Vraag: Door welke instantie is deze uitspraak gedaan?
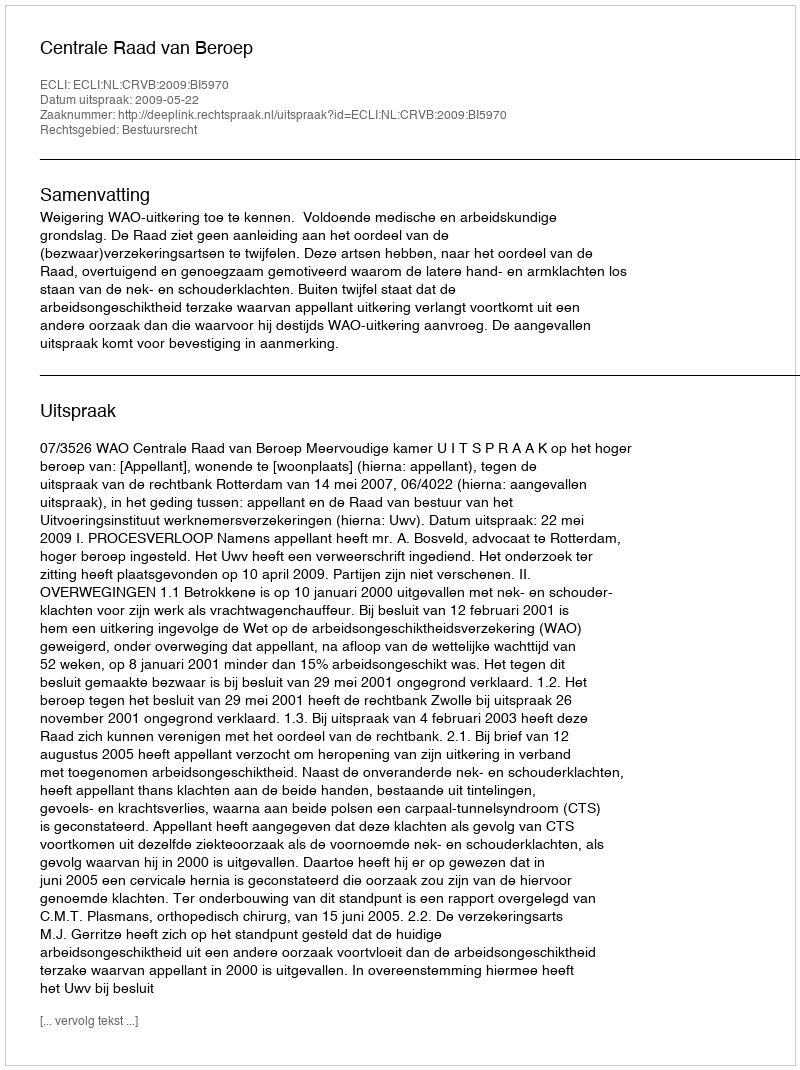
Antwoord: Centrale Raad van Beroep